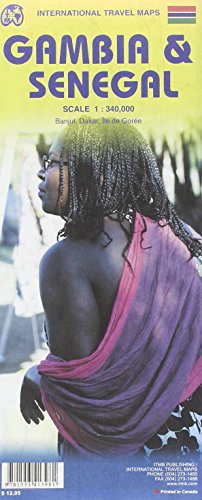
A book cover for Senegal 1:740,000 & Gambia 1:340,000 Travel Map (International Travel Maps); ITM Canada; Travel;